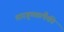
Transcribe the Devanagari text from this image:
तारगुच्छांपैकी